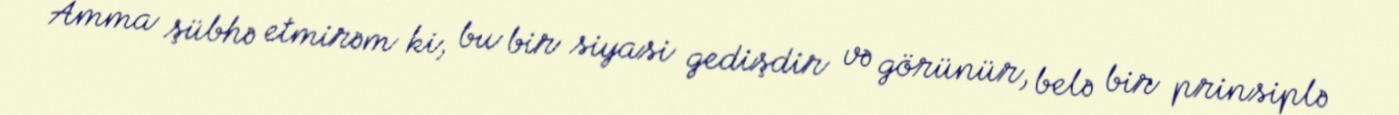
Amma şübhə etmirəm ki, bu bir siyasi gedişdir və görünür, belə bir prinsiplə